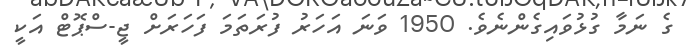
ގެ ނަމާ ގުޅުވައިގެންނެވެ. 1950 ވަނަ އަހަރު ފުރަތަމަ ފަހަރަށް ޖީ-ސްޕޮޓް އަކީ